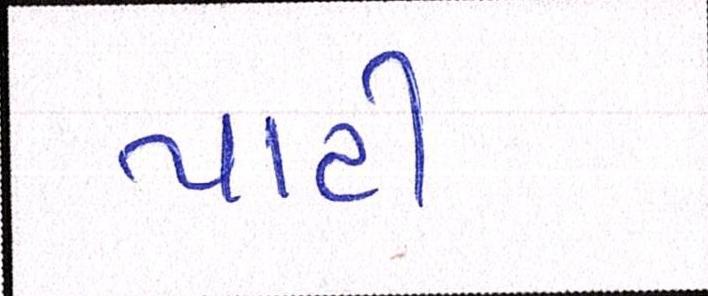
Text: પાટી